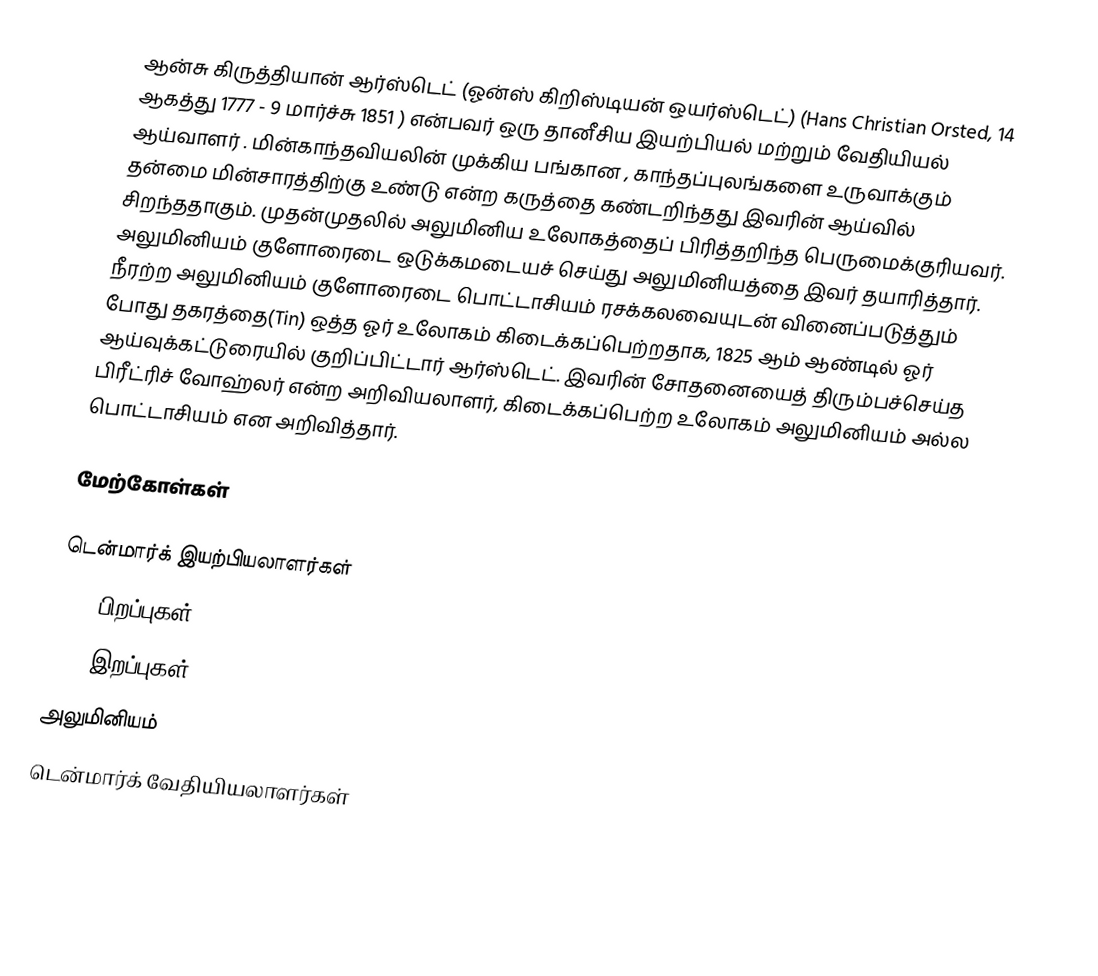
ஆன்சு கிருத்தியான் ஆர்ஸ்டெட் (ஓன்ஸ் கிறிஸ்டியன் ஒயர்ஸ்டெட்) (Hans Christian Orsted, 14 ஆகத்து 1777 - 9 மார்ச்சு 1851 ) என்பவர் ஒரு தானீசிய இயற்பியல் மற்றும் வேதியியல் ஆய்வாளர் . மின்காந்தவியலின் முக்கிய பங்கான , காந்தப்புலங்களை உருவாக்கும் தன்மை மின்சாரத்திற்கு உண்டு என்ற கருத்தை கண்டறிந்தது இவரின் ஆய்வில் சிறந்ததாகும். முதன்முதலில் அலுமினிய உலோகத்தைப் பிரித்தறிந்த பெருமைக்குரியவர். அலுமினியம் குளோரைடை ஒடுக்கமடையச் செய்து அலுமினியத்தை இவர் தயாரித்தார். நீரற்ற அலுமினியம் குளோரைடை பொட்டாசியம் ரசக்கலவையுடன் வினைப்படுத்தும் போது தகரத்தை(Tin) ஒத்த ஓர் உலோகம் கிடைக்கப்பெற்றதாக, 1825 ஆம் ஆண்டில் ஓர் ஆய்வுக்கட்டுரையில் குறிப்பிட்டார் ஆர்ஸ்டெட். இவரின் சோதனையைத் திரும்பச்செய்த பிரீட்ரிச் வோஹ்லர் என்ற அறிவியலாளர், கிடைக்கப்பெற்ற உலோகம் அலுமினியம் அல்ல பொட்டாசியம் என அறிவித்தார்.

மேற்கோள்கள்

டென்மார்க் இயற்பியலாளர்கள்
1777 பிறப்புகள்
1851 இறப்புகள்
அலுமினியம்
டென்மார்க் வேதியியலாளர்கள்